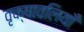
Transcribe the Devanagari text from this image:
वृक्षावलियाँ